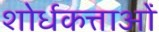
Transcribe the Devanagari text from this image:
शोर्धकत्ताओं